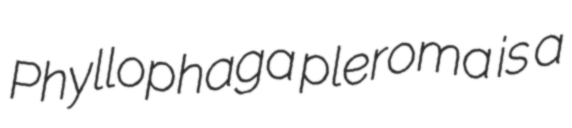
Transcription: Phyllophaga pleroma is a